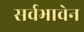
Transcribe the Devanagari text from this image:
सर्वभावेन